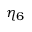
\eta _ { 6 }